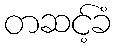
တဆင့်ခံ